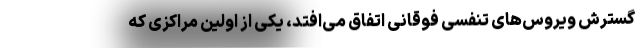
گسترش ویروس‌های تنفسی فوقانی اتفاق می‌افتد، یکی از اولین مراکزی که